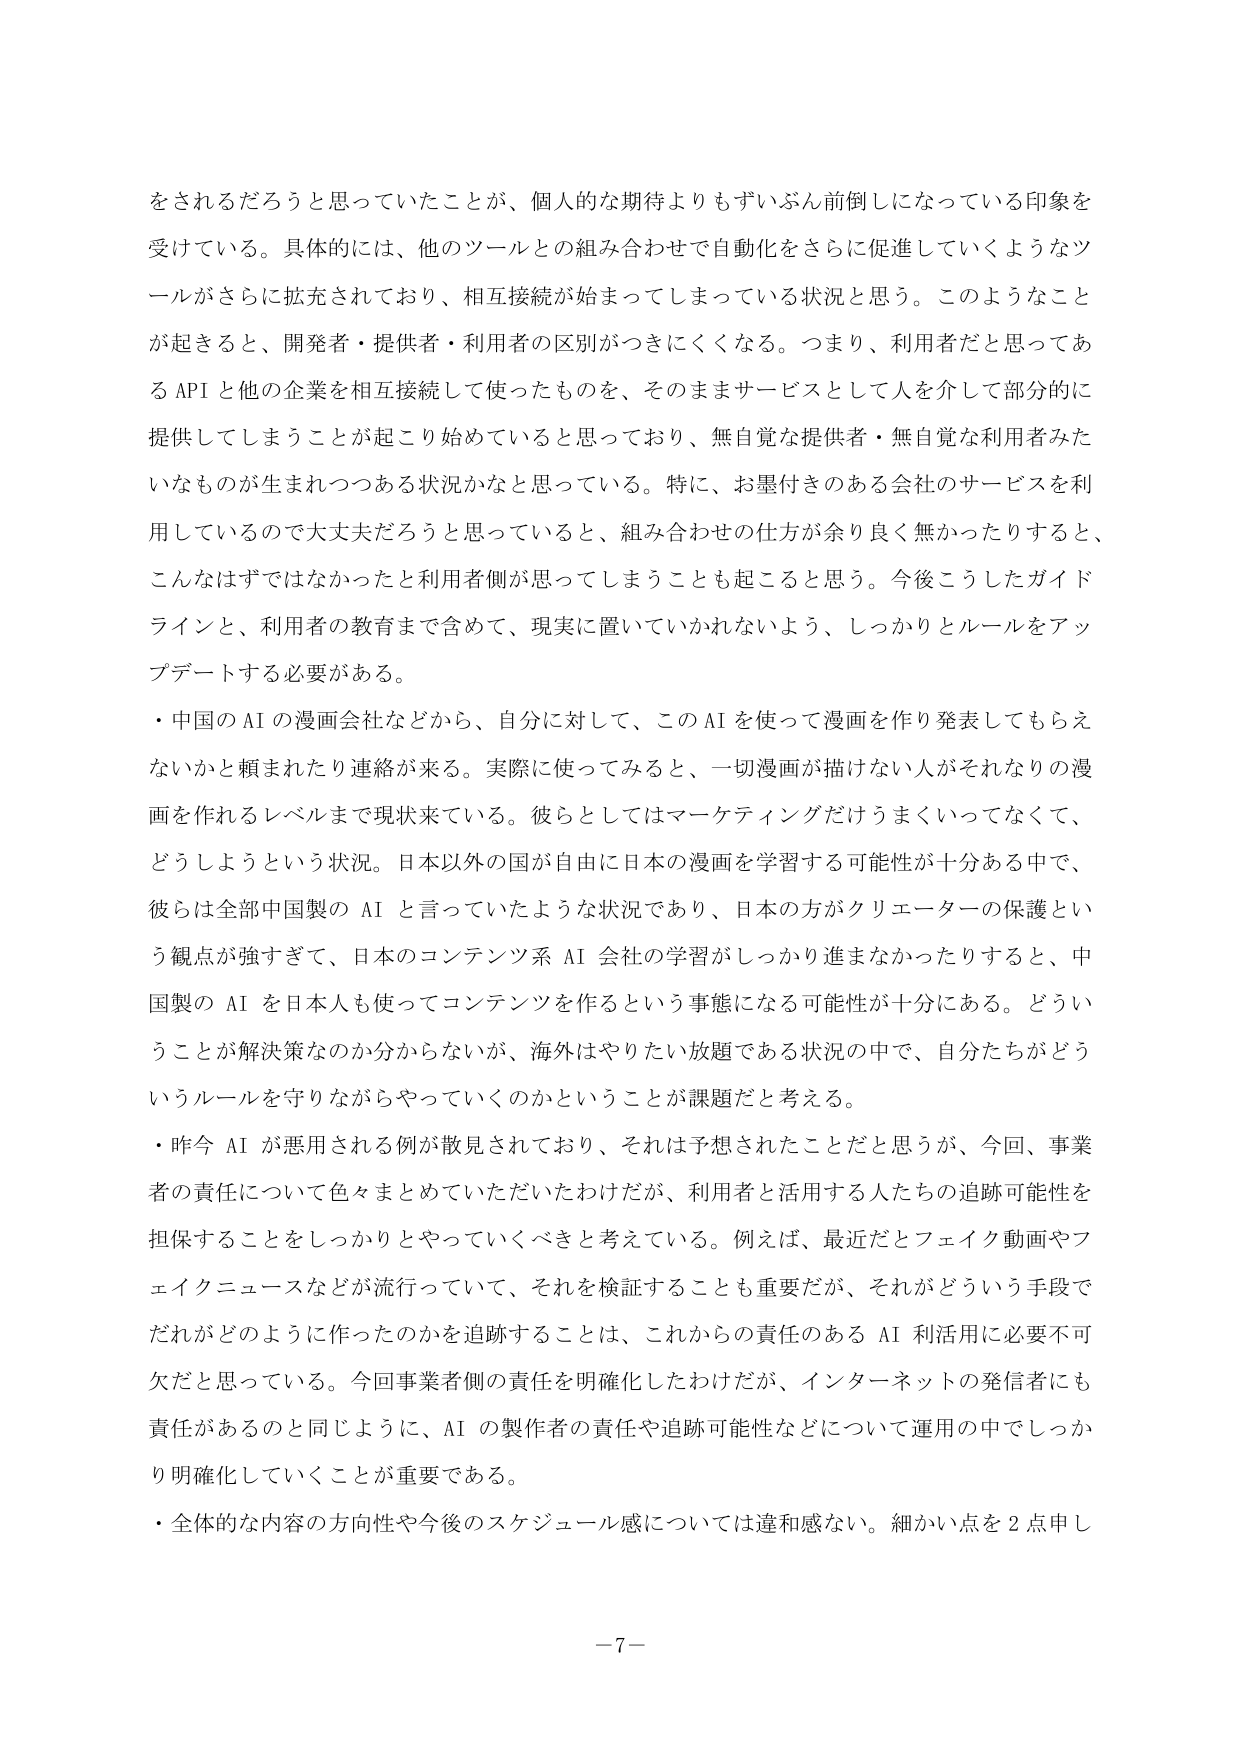
をされるだろうと思っていたことが、個人的な期待よりもずいぶん前倒しになっている印象を
受けている。具体的には、他のツールとの組み合わせで自動化をさらに促進していくようなツ
ールがさらに拡充されており、相互接続が始まってしまっている状況と思う。このようなこと
が起きると、開発者・提供者・利用者の区別がつきにくくなる。つまり、利用者だと思ってあ
る API と他の企業を相互接続して使ったものを、そのままサービスとして人を介して部分的に
提供してしまうことが起こり始めていると思っており、無自覚な提供者・無自覚な利用者みた
いなものが生まれつつある状況かなと思っている。特に、お墨付きのある会社のサービスを利
用しているので大丈夫だろうと思っていると、組み合わせの仕方が余り良く無かったりすると、
こんなはずではなかったと利用者側が思ってしまうことも起こると思う。今後こうしたガイド
ラインと、利用者の教育まで含めて、現実に置いていかれないよう、しっかりとルールをアッ
プデートする必要がある。
・中国の AI の漫画会社などから、自分に対して、この AI を使って漫画を作り発表してもらえ
ないかと頼まれたり連絡が来る。実際に使ってみると、一切漫画が描けない人がそれなりの漫
画を作れるレベルまで現状来ている。彼らとしてはマーケティングだけうまくいってなくて、
どうしようという状況。日本以外の国が自由に日本の漫画を学習する可能性が十分ある中で、
彼らは全部中国製の AI と言っていたような状況であり、日本の方がクリエーターの保護とい
う観点が強すぎて、日本のコンテンツ系 AI 会社の学習がしっかり進まなかったりすると、中
国製の AI を日本人も使ってコンテンツを作るという事態になる可能性が十分にある。どうい
うことが解決策なのか分からないが、海外はやりたい放題である状況の中で、自分たちがどう
いうルールを守りながらやっていくのかということが課題だと考える。
・昨今 AI が悪用される例が散見されており、それは予想されたことだと思うが、今回、事業
者の責任について色々まとめていただいたわけだが、利用者と活用する人たちの追跡可能性を
担保することをしっかりとやっていくべきと考えている。例えば、最近だとフェイク動画やフ
ェイクニュースなどが流行っていて、それを検証することも重要だが、それがどういう手段で
だれがどのように作ったのかを追跡することは、これからの責任のある AI 利活用に必要不可
欠だと思っている。今回事業者の責任を明確化したわけだが、インターネットの発信者にも
責任があるのと同じように、AI の製作者の責任や追跡可能性などについて運用の中でしっか
り明確化していくことが重要である。
・全体的な内容の方向性や今後のスケジュール感については違和感ない。細かい点を２点申し
－7－